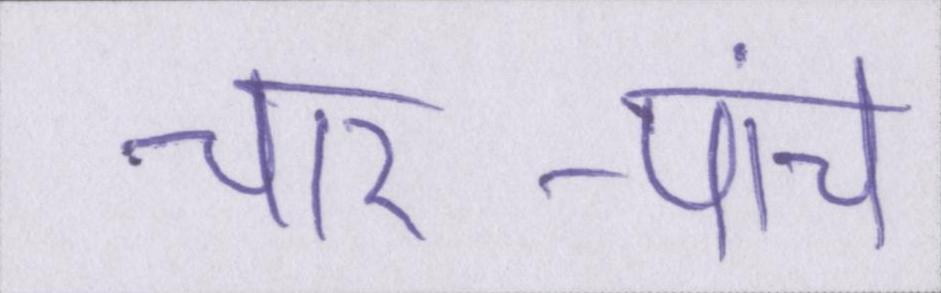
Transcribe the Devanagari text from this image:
चार-पांच